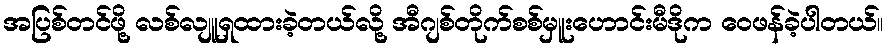
အပြစ်တင်ဖို့ လစ်လျူရှထားခဲ့တယ်လို့ အီဂျစ်တိုက်စစ်မှူးဟောင်းမီဒိုက ဝေဖန်ခဲ့ပါတယ်။